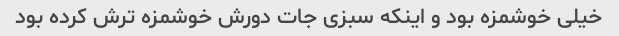
خیلی خوشمزه بود و اینکه سبزی جات دورش خوشمزه ترش کرده بود